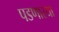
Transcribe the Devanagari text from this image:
पडणारया